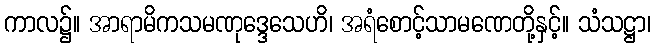
ကာလ၌။ အာရာမိကသမဏုဒ္ဒေသေဟိ၊ အရံစောင့်သာမဏေတို့နှင့်။ သံသဋ္ဌာ၊